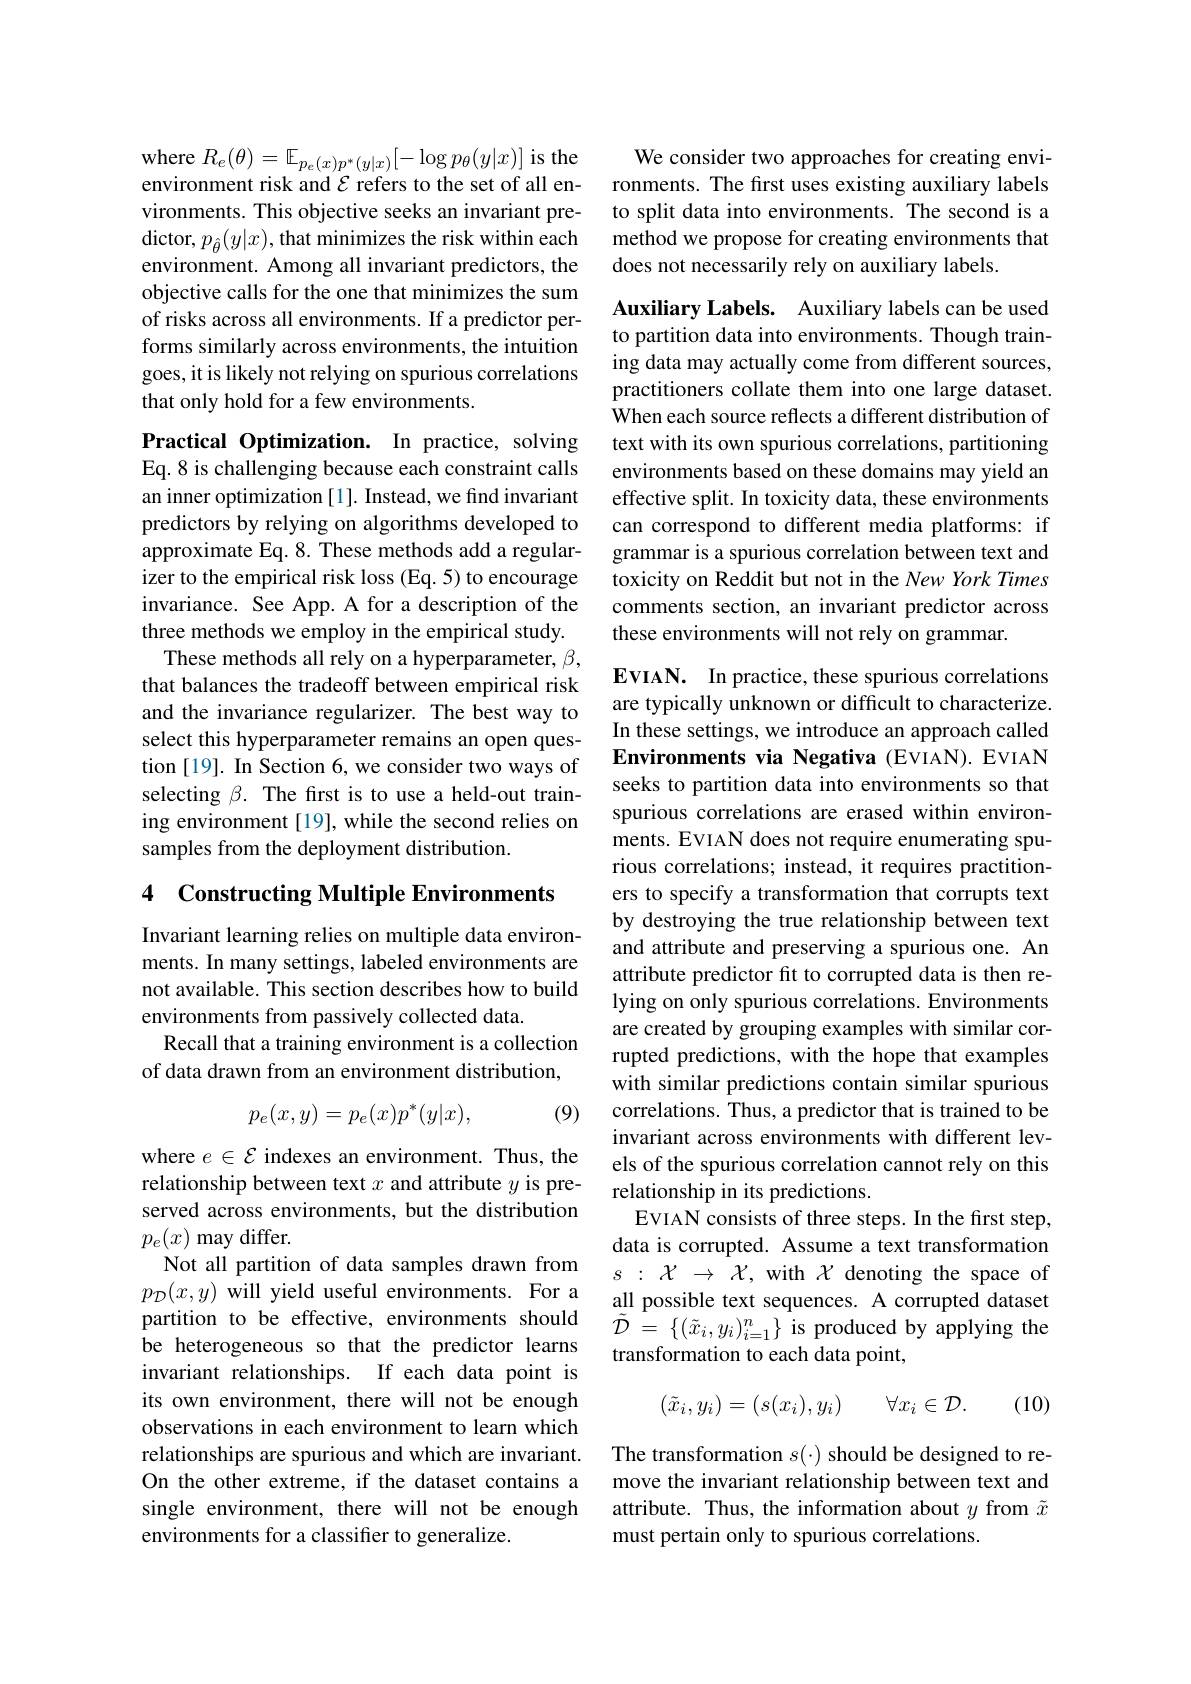
$\mathop{\mathrm{where~}}R_{e}(\theta)=\mathbb{E}_{p_{e}(x)p^{*}(y|x)}[-\log p_{\theta}(y|x)]$is the environment risk and $\mathcal{E}$ refers to the set of all environments. This objective seeks an invariant pre- $\operatorname*{dictor},p_{\hat{\theta}}(y|x)$,that minimizes the risk within each environment. Among all invariant predictors, the objective calls for the one that minimizes the sum of risks across all environments. If a predictor performs similarly across environments, the intuition goes, it is likely not relying on spurious correlations that only hold for a few environments.

Practical Optimization. In practice, solving Eq. 8 is challenging because each constraint calls an inner optimization [1]. Instead, we find invariant predictors by relying on algorithms developed to approximate Eq. 8. These methods add a regularizer to the empirical risk loss (Eq. 5) to encourage invariance. See App. A for a description of the three methods we employ in the empirical study. These methods all rely on a hyperparameter, $\beta$, that balances the tradeoff between empirical risk and the invariance regularizer. The best way to select this hyperparameter remains an open question [19]. In Section 6, we consider two ways of selecting $\beta.$ The frst is to use a held-out training environment [19], while the second relies on samples from the deployment distribution.

## 4 Constructing Multiple Environments

Invariant learning relies on multiple data environments. In many settings, labeled environments are not available. This section describes how to build environments from passively collected data.
Recall that a training environment is a collection of data drawn from an environment distribution,

(9)
$$p_e(x,y)=p_e(x)p^*(y|x),$$
where $e\in\mathcal{E}$ indexes an environment. Thus, the relationship between text $x$ and attribute $y$ is preserved across environments, but the distribution $p_e(x)$ may differ.
Not all partition of data samples drawn from $p_{\mathcal{D}}(x,y)$ will yield useful environments. For a partition to be effective, environments should be heterogeneous so that the predictor learns invariant relationships. If each data point is its own environment, there will not be enough observations in each environment to learn which relationships are spurious and which are invariant. On the other extreme, if the dataset contains a single environment, there will not be enough environments for a classifier to generalize.

We consider two approaches for creating environments. The first uses existing auxiliary labels to split data into environments. The second is a method we propose for creating environments that does not necessarily rely on auxiliary labels.

Auxiliary Labels. Auxiliary labels can be used to partition data into environments. Though training data may actually come from different sources, practitioners collate them into one large dataset. When each source reflects a different distribution of text with its own spurious correlations, partitioning environments based on these domains may yield an effective split. In toxicity data, these environments can correspond to different media platforms: if grammar is a spurious correlation between text and toxicity on Reddit but not in the New York Times comments section, an invariant predictor across these environments will not rely on grammar.

EvIAN. In practice, these spurious correlations are typically unknown or difficult to characterize. In these settings, we introduce an approach called Environments via Negativa (EVIAN). EVIAN seeks to partition data into environments so that spurious correlations are erased within environments. EVIAN does not require enumerating spurious correlations; instead, it requires practitioners to specify a transformation that corrupts text by destroying the true relationship between text and attribute and preserving a spurious one. An attribute predictor fit to corrupted data is then relying on only spurious correlations. Environments are created by grouping examples with similar corrupted predictions, with the hope that examples with similar predictions contain similar spurious correlations. Thus, a predictor that is trained to be invariant across environments with different levels of the spurious correlation cannot rely on this relationship in its predictions.
EVIAN consists of three steps. In the first step, data is corrupted. Assume a text transformation $s$ : $\mathcal{X}$ $\to$ $\mathcal{X}$, with $\chi$ denoting the space of all possible text sequences. A corrupted dataset $\tilde{\mathcal{D} }$ = $\{ ( \tilde{x} _{i}, y_{i}) _{i= 1}^{n}\}$ is produced by applying the transformation to each data point,
$$(\tilde{x}_i,y_i)=(s(x_i),y_i)\quad\forall x_i\in\mathcal{D}.$$
(10)

The transformation $s(\cdot)$ should be designed to remove the invariant relationship between text and attribute. Thus, the information about $y$ from $\tilde{x}$ must pertain only to spurious correlations.